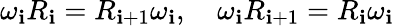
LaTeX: \omega_{\mathbf{i}}R_{\mathbf{i}}=R_{\mathbf{i}+1}\omega_{\mathbf{i}},\quad\omega_{\mathbf{i}}R_{\mathbf{i}+1}=R_{\mathbf{i}}\omega_{\mathbf{i}}